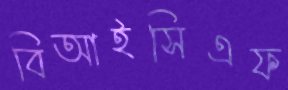
বিআইসিএফ